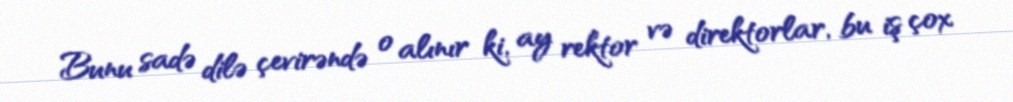
Bunu sadə dilə çevirəndə o alınır ki, ay rektor və direktorlar, bu iş çox